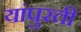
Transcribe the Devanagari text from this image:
यांपुरती